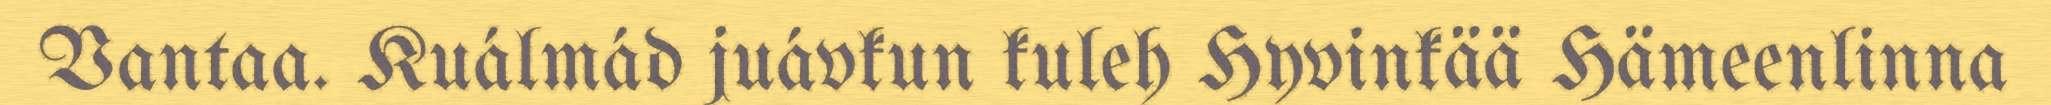
Vantaa. Kuálmád juávkun kuleh Hyvinkää Hämeenlinna